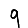
Digit: 9